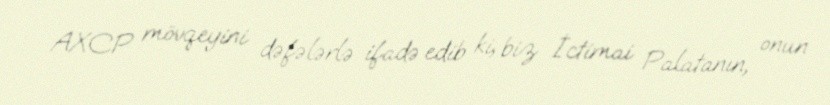
AXCP mövqeyini dəfələrlə ifadə edib ki, biz İctimai Palatanın, onun